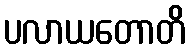
ပလာယတောတိ